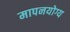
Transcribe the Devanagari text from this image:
मापनयोग्य